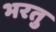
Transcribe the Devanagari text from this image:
भरतु